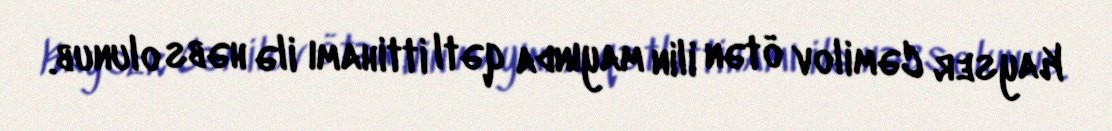
Kayser Cəmilov ötən ilin mayında qətl ittihamı ilə həbs olunub.